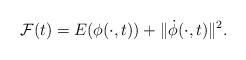
LaTeX: \begin{align*}\mathcal{F}(t) = E(\phi(\cdot,t))+\|\dot{\phi}(\cdot,t)\|^2.\end{align*}